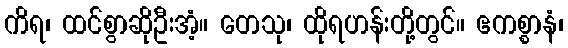
ကိရ၊ ထင်စွာဆိုဦးအံ့။ တေသု၊ ထိုရဟန်းတို့တွင်။ ဧကစ္စာနံ၊